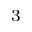
_ 3